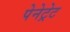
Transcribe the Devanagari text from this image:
पेनेट्रेट